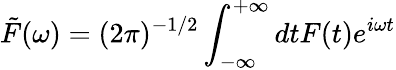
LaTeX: \tilde{F}(\omega)=(2\pi)^{-1/2}\int_{-\infty}^{+\infty}dtF(t)e^{i\omega t}